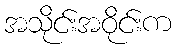
အသိုင်းအဝိုင်းက